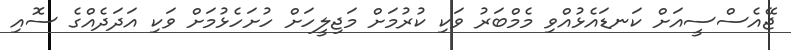
ޖޭއެސްސީއަށް ކަނޑައެޅުއްވި މެމްބަރު ވަކި ކުރުމަށް މަޖިލީހަށް ހުށަހެޅުމަށް ވަކި އަދަދެއްގެ ސޮއި